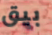
بيق